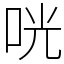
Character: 咣